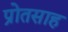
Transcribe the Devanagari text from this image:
प्रोतसाह